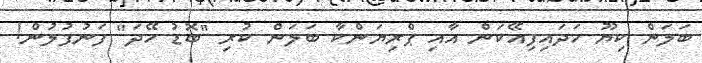
ބަލަން ކިޔޫ ހަދައިފިއޭކަން އާއި ޕްރިޔަންކާ ބަލަން ކުރި "ބޮޑު ހޭދަ" ފަނުފުލުން!